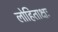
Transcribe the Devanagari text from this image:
लोहिताक्षः